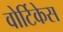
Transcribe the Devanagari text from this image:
वोर्टिकेस